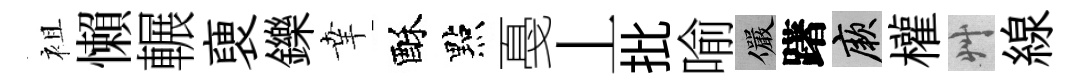
袓懶輾褏鑠𦍒酥點戞丄批喻儼躇厥權艸線